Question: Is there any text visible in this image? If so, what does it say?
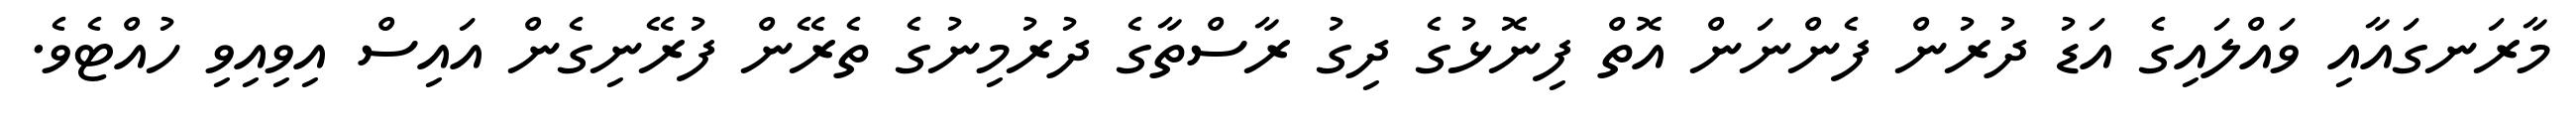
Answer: މާރަނގައާއި ވައްލައިގެ އަޑު ދުރުން ފެންނަން އޮތް ފިނޮޅުގެ ދިގު ރާސްތާގެ ދުރުމިނުގެ ތެރޭން ފުރޭނިގެން އައިސް އިވިއިވި ހުއްޓެވެ.